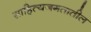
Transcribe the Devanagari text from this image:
साहित्यजगतातील